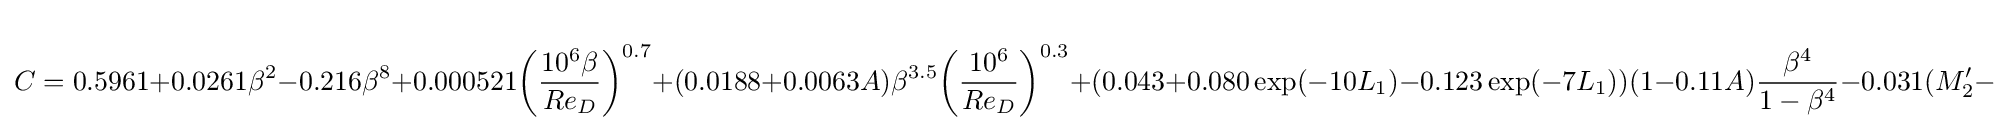
C=0.5961+0.0261\beta ^{2}-0.216\beta ^{8}+0.000521{\bigg (}{\frac {10^{6}\beta }{Re_{D}}}{\bigg )}^{0.7}+(0.0188+0.0063A)\beta ^{3.5}{\bigg (}{\frac {10^{6}}{Re_{D}}}{\bigg )}^{0.3}+(0.043+0.080\exp(-10{L_{1}})-0.123\exp(-7{L_{1}}))(1-0.11A){\frac {\beta ^{4}}{1-\beta ^{4}}}-0.031(M'_{2}-0.8{M'_{2}}^{1.1})\beta ^{1.3}